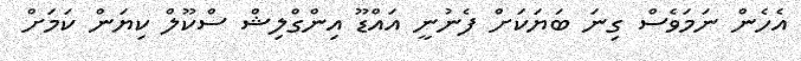
އެހެން ނަމަވެސް ގިނަ ބަޔަކަށް ފެނުނީ އައްޑޫ އިންގްލިޝް ސްކޫލް ކިޔަން ކަމަށް